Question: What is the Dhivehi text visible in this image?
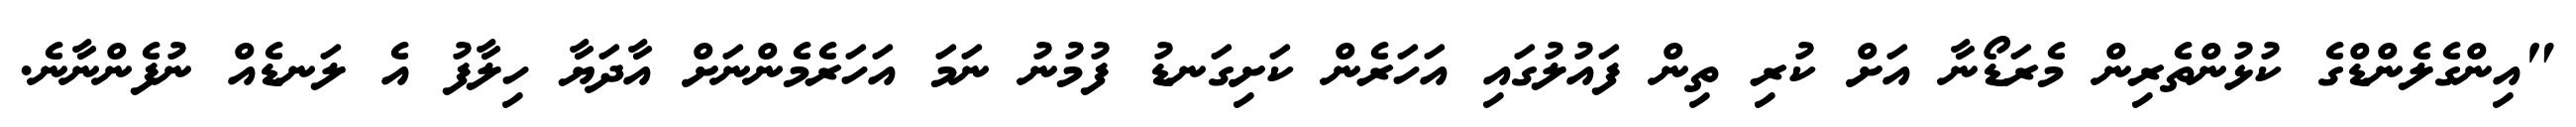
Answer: "އިންގެލެންޑްގެ ކުޅުންތެރިން މެރަޑޯނާ އަށް ކުރި ތިން ފައުލުގައި އަހަރެން ކަށިގަނޑު ފުމުނު ނަމަ އަހަރެމެންނަށް އާދަޔާ ހިލާފު އެ ލަނޑެއް ނުފެންނާނެ.